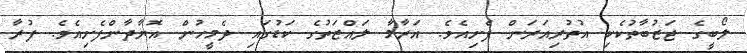
ލޯބީގެ ޖަޒުބާތުކެކި އުތުރިއަރަން ފެށިއެވެ. އަރާމާ ލައްޒަތުގެ ކަޑުގައި ދެމީހުން އޮޔާދާންފެށިއެވެ. ފުރާ